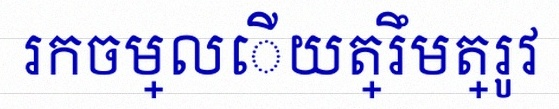
រកចម្លើយត្រឹមត្រូវ